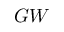
G W